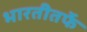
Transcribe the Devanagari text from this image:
भारतीतर्फे